65_HS1-834228961_62-HQ-83894_Serial_164
Agency: FBI
Page 115
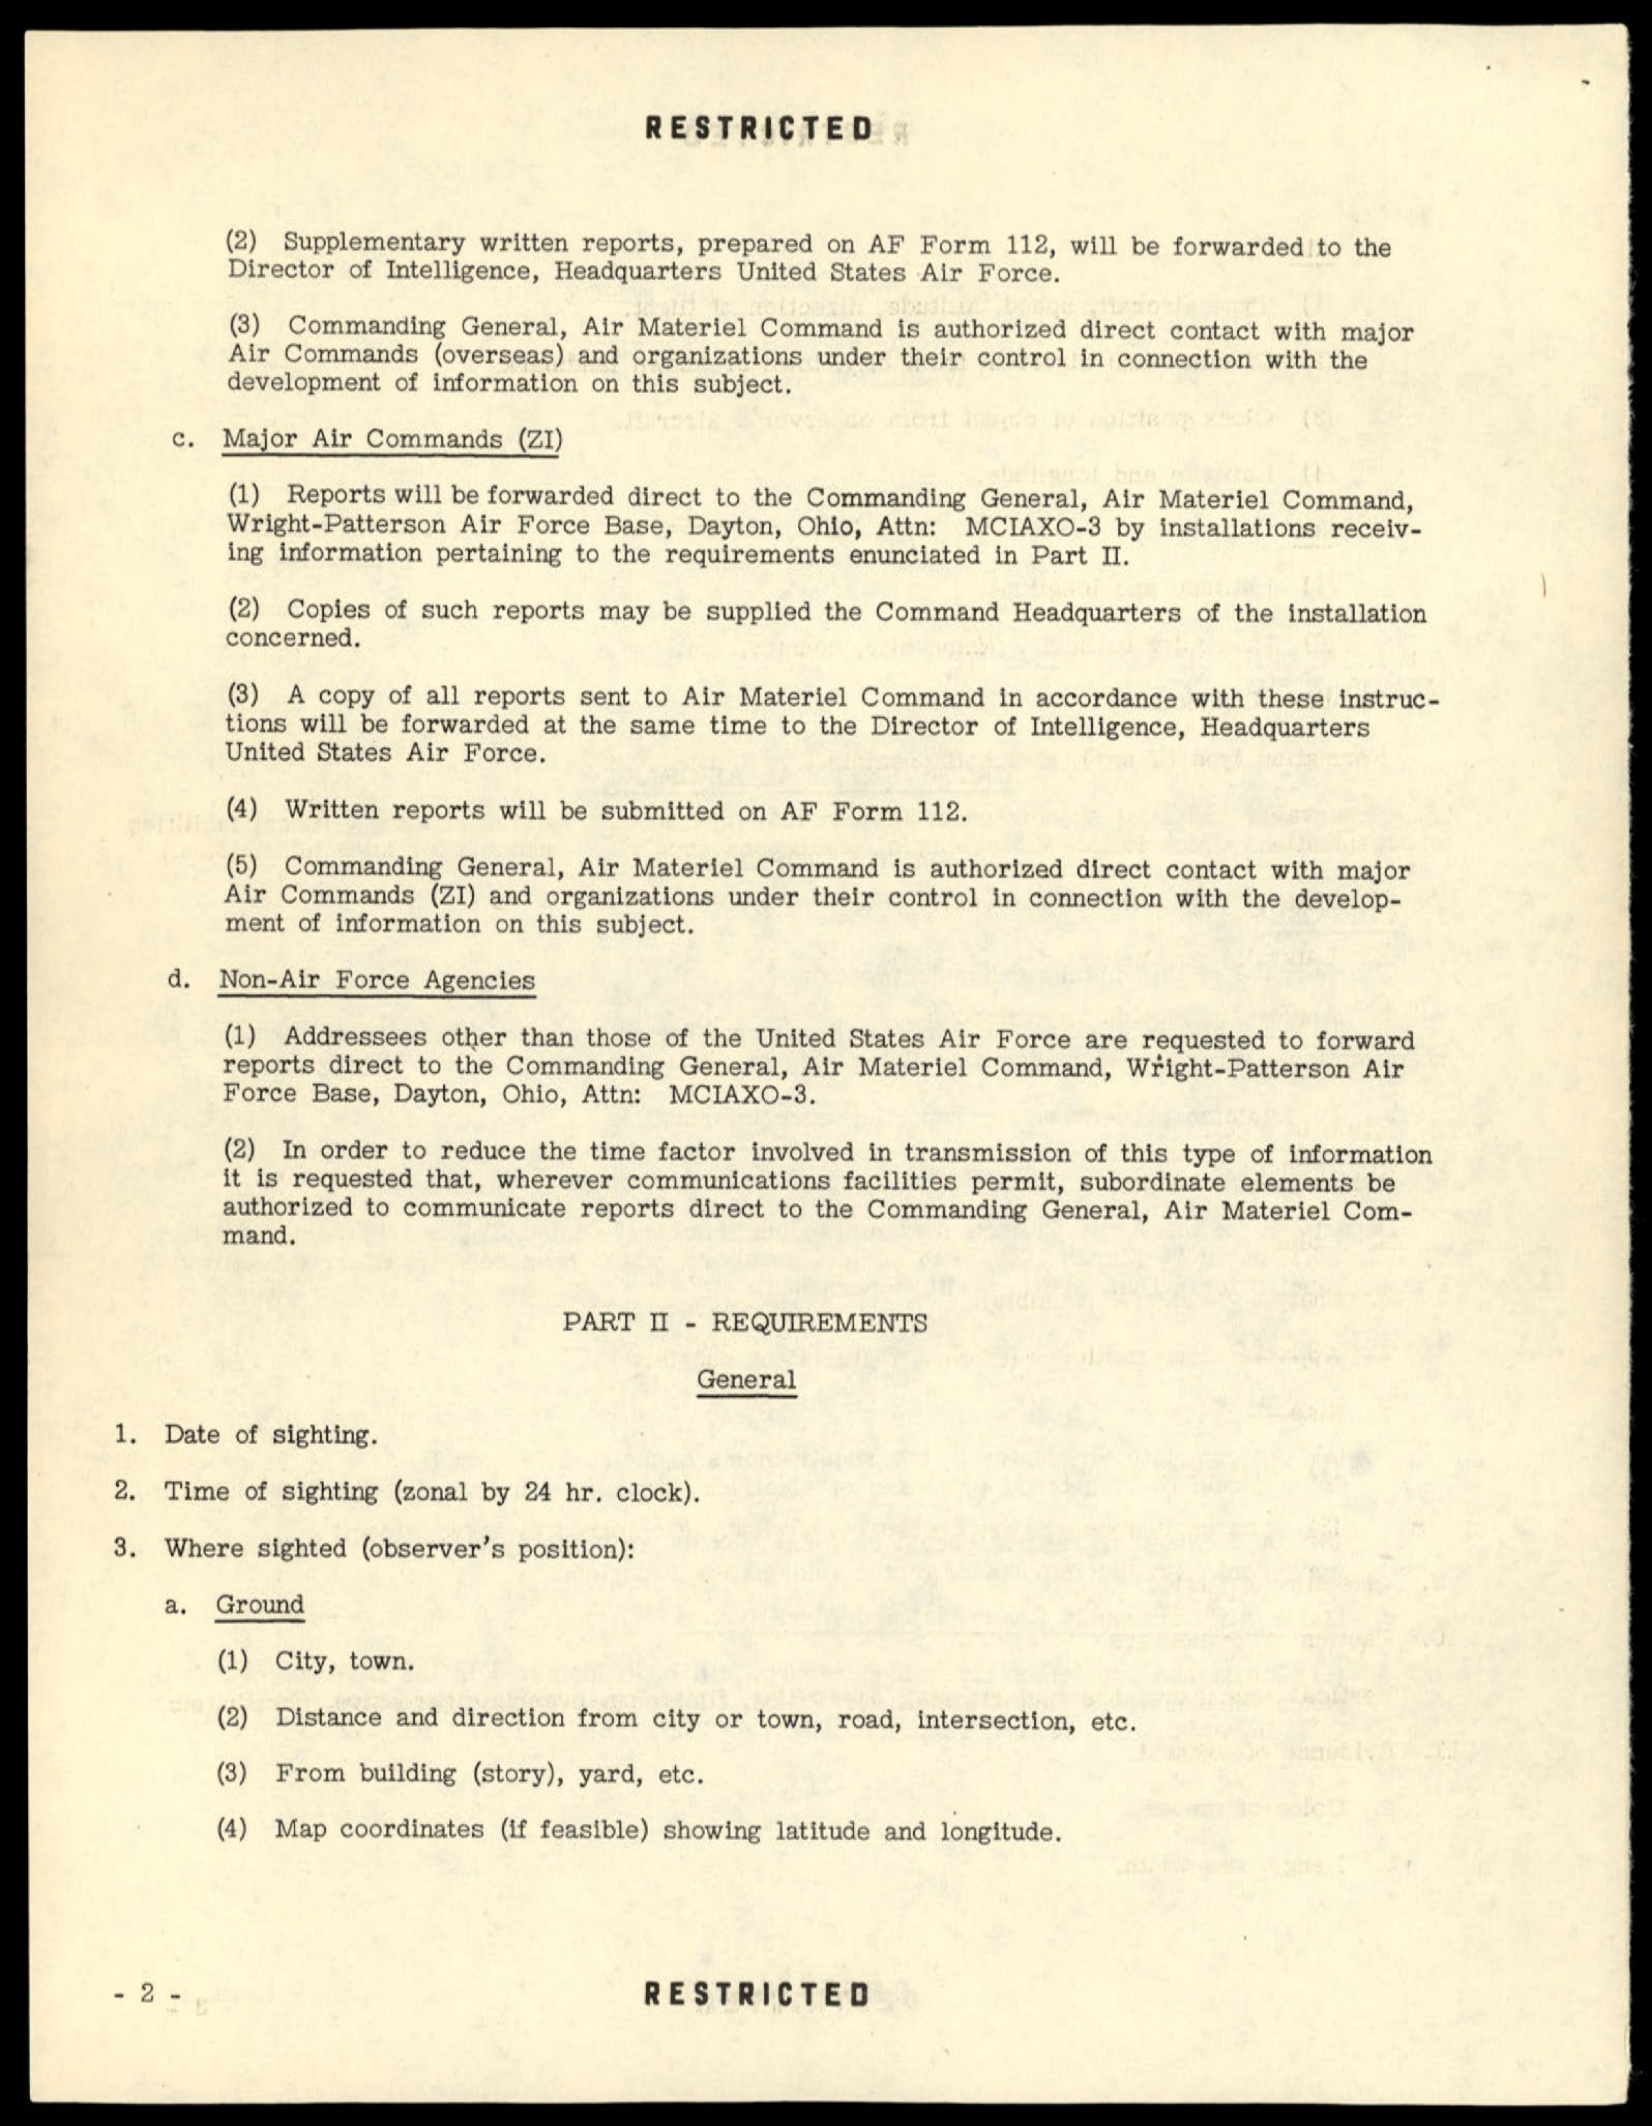